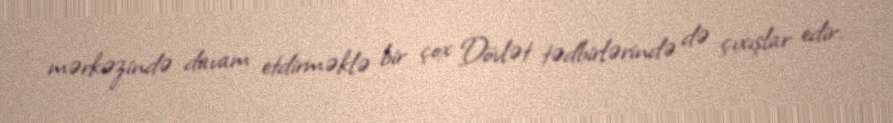
mərkəzində davam etdirməklə bir çox Dövlət tədbirlərində də çıxışlar edir.